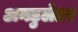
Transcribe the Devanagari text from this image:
अनडुलेतर